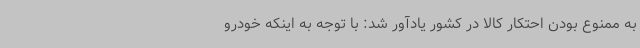
به ممنوع بودن احتکار کالا در کشور یادآور شد: با توجه به اینکه خودرو